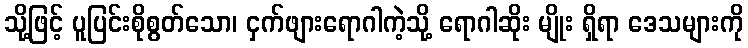
သို့ဖြင့် ပူပြင်းစိုစွတ်သော၊ ငှက်ဖျားရောဂါကဲ့သို့ ရောဂါဆိုး မျိုး ရှိရာ ဒေသများကို